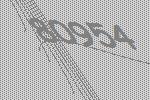
80954